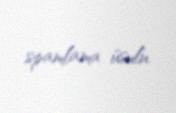
spamlama üsulu.